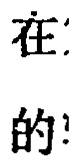
在：
的！